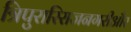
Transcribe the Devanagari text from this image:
त्रिपुरारिराजनगरीऔर